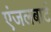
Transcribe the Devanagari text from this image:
एंजलबार्ट